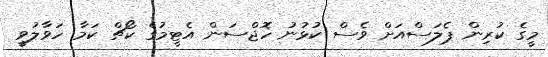
މީގެ ކުރިން ޕެލަސްއަށް ވެސް ކުޅުނު ހޮޖްސަން އެޓީމުގެ ކޯޗް ކަމާ ހަވާލުވީ